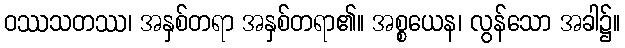
ဝဿသတဿ၊ အနှစ်တရာ အနှစ်တရာ၏။ အစ္စယေန၊ လွန်သော အခါ၌။